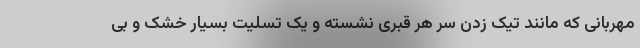
مهربانی که مانند تیک زدن سر هر قبری نشسته و یک تسلیت بسیار خشک و بی